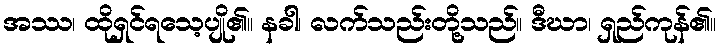
အဿ၊ ထိုရှင်ရသေ့ပျို၏။ နခါ၊ လက်သည်းတို့သည်။ ဒီဃာ၊ ရှည်ကုန်၏။